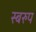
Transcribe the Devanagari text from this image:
स्बरुप